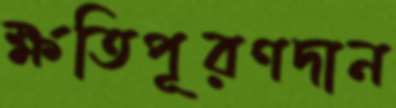
ক্ষতিপূরণদান